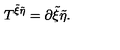
T ^ { { \tilde { \xi } } { \tilde { \eta } } } = \partial { \tilde { \xi } } { \tilde { \eta } } .